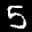
Label: 5